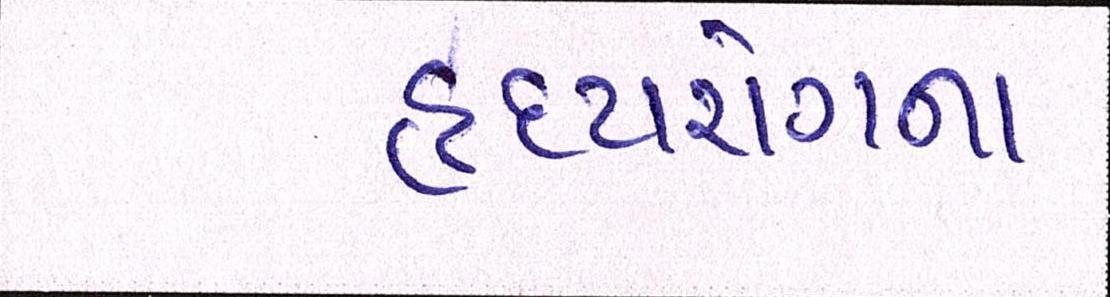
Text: હૃદયરોગના